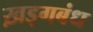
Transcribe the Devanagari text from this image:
ख़ड्गबंध